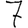
Digit: 7